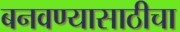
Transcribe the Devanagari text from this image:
बनवण्यासाठीचा